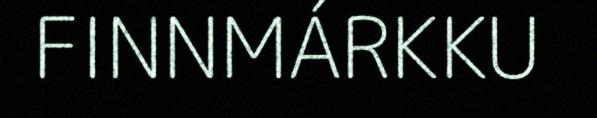
FINNMÁRKKU